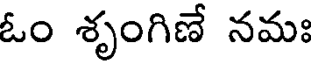
ఓం శృంగిణే నమః